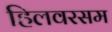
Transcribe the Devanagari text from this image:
हिलवरसम